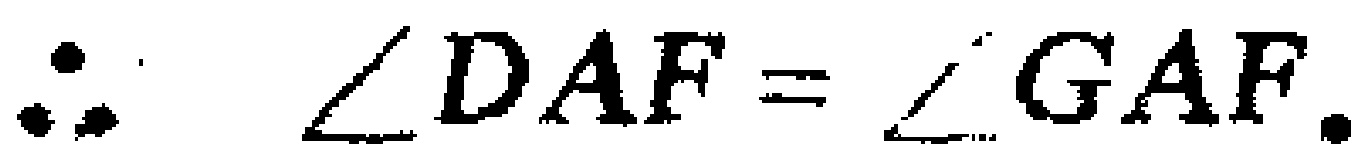
\(\therefore \angle DAF = \angle GAF.\)